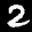
Digit: 2